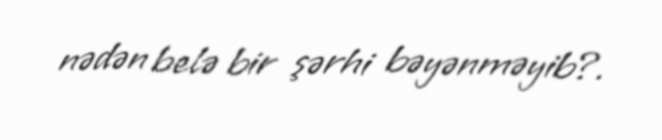
nədən belə bir şərhi bəyənməyib?.